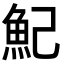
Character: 魢